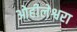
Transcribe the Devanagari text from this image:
ओहीलेश्वरा